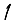
Digit: 1